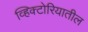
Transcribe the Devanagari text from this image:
व्हिक्टोरियातील